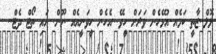
ލޮލް..ޒާތީ ކަމެއް އުޅޭހެން ވަރަށް ހީވޭ...އެހެން ހީވަނީއެއް ނޫން. އައި ތޯޓް ދެޓް..